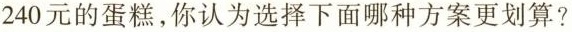
240元的蛋糕，你认为选择下面哪种方案更划算?